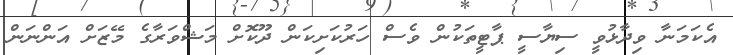
އެކަމަނާ ވިދާޅުވީ ސިޔާސީ ޕާޓީތަކުން ވެސް ހަރުކަށިކަން ދޫކޮށް މަޝްވަރާގެ މޭޒަށް އަންނަން